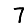
Digit: 7